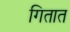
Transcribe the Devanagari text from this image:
गितात